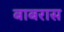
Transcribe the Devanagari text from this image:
बाबरास